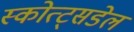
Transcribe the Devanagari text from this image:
स्कोत्ट्सडेल